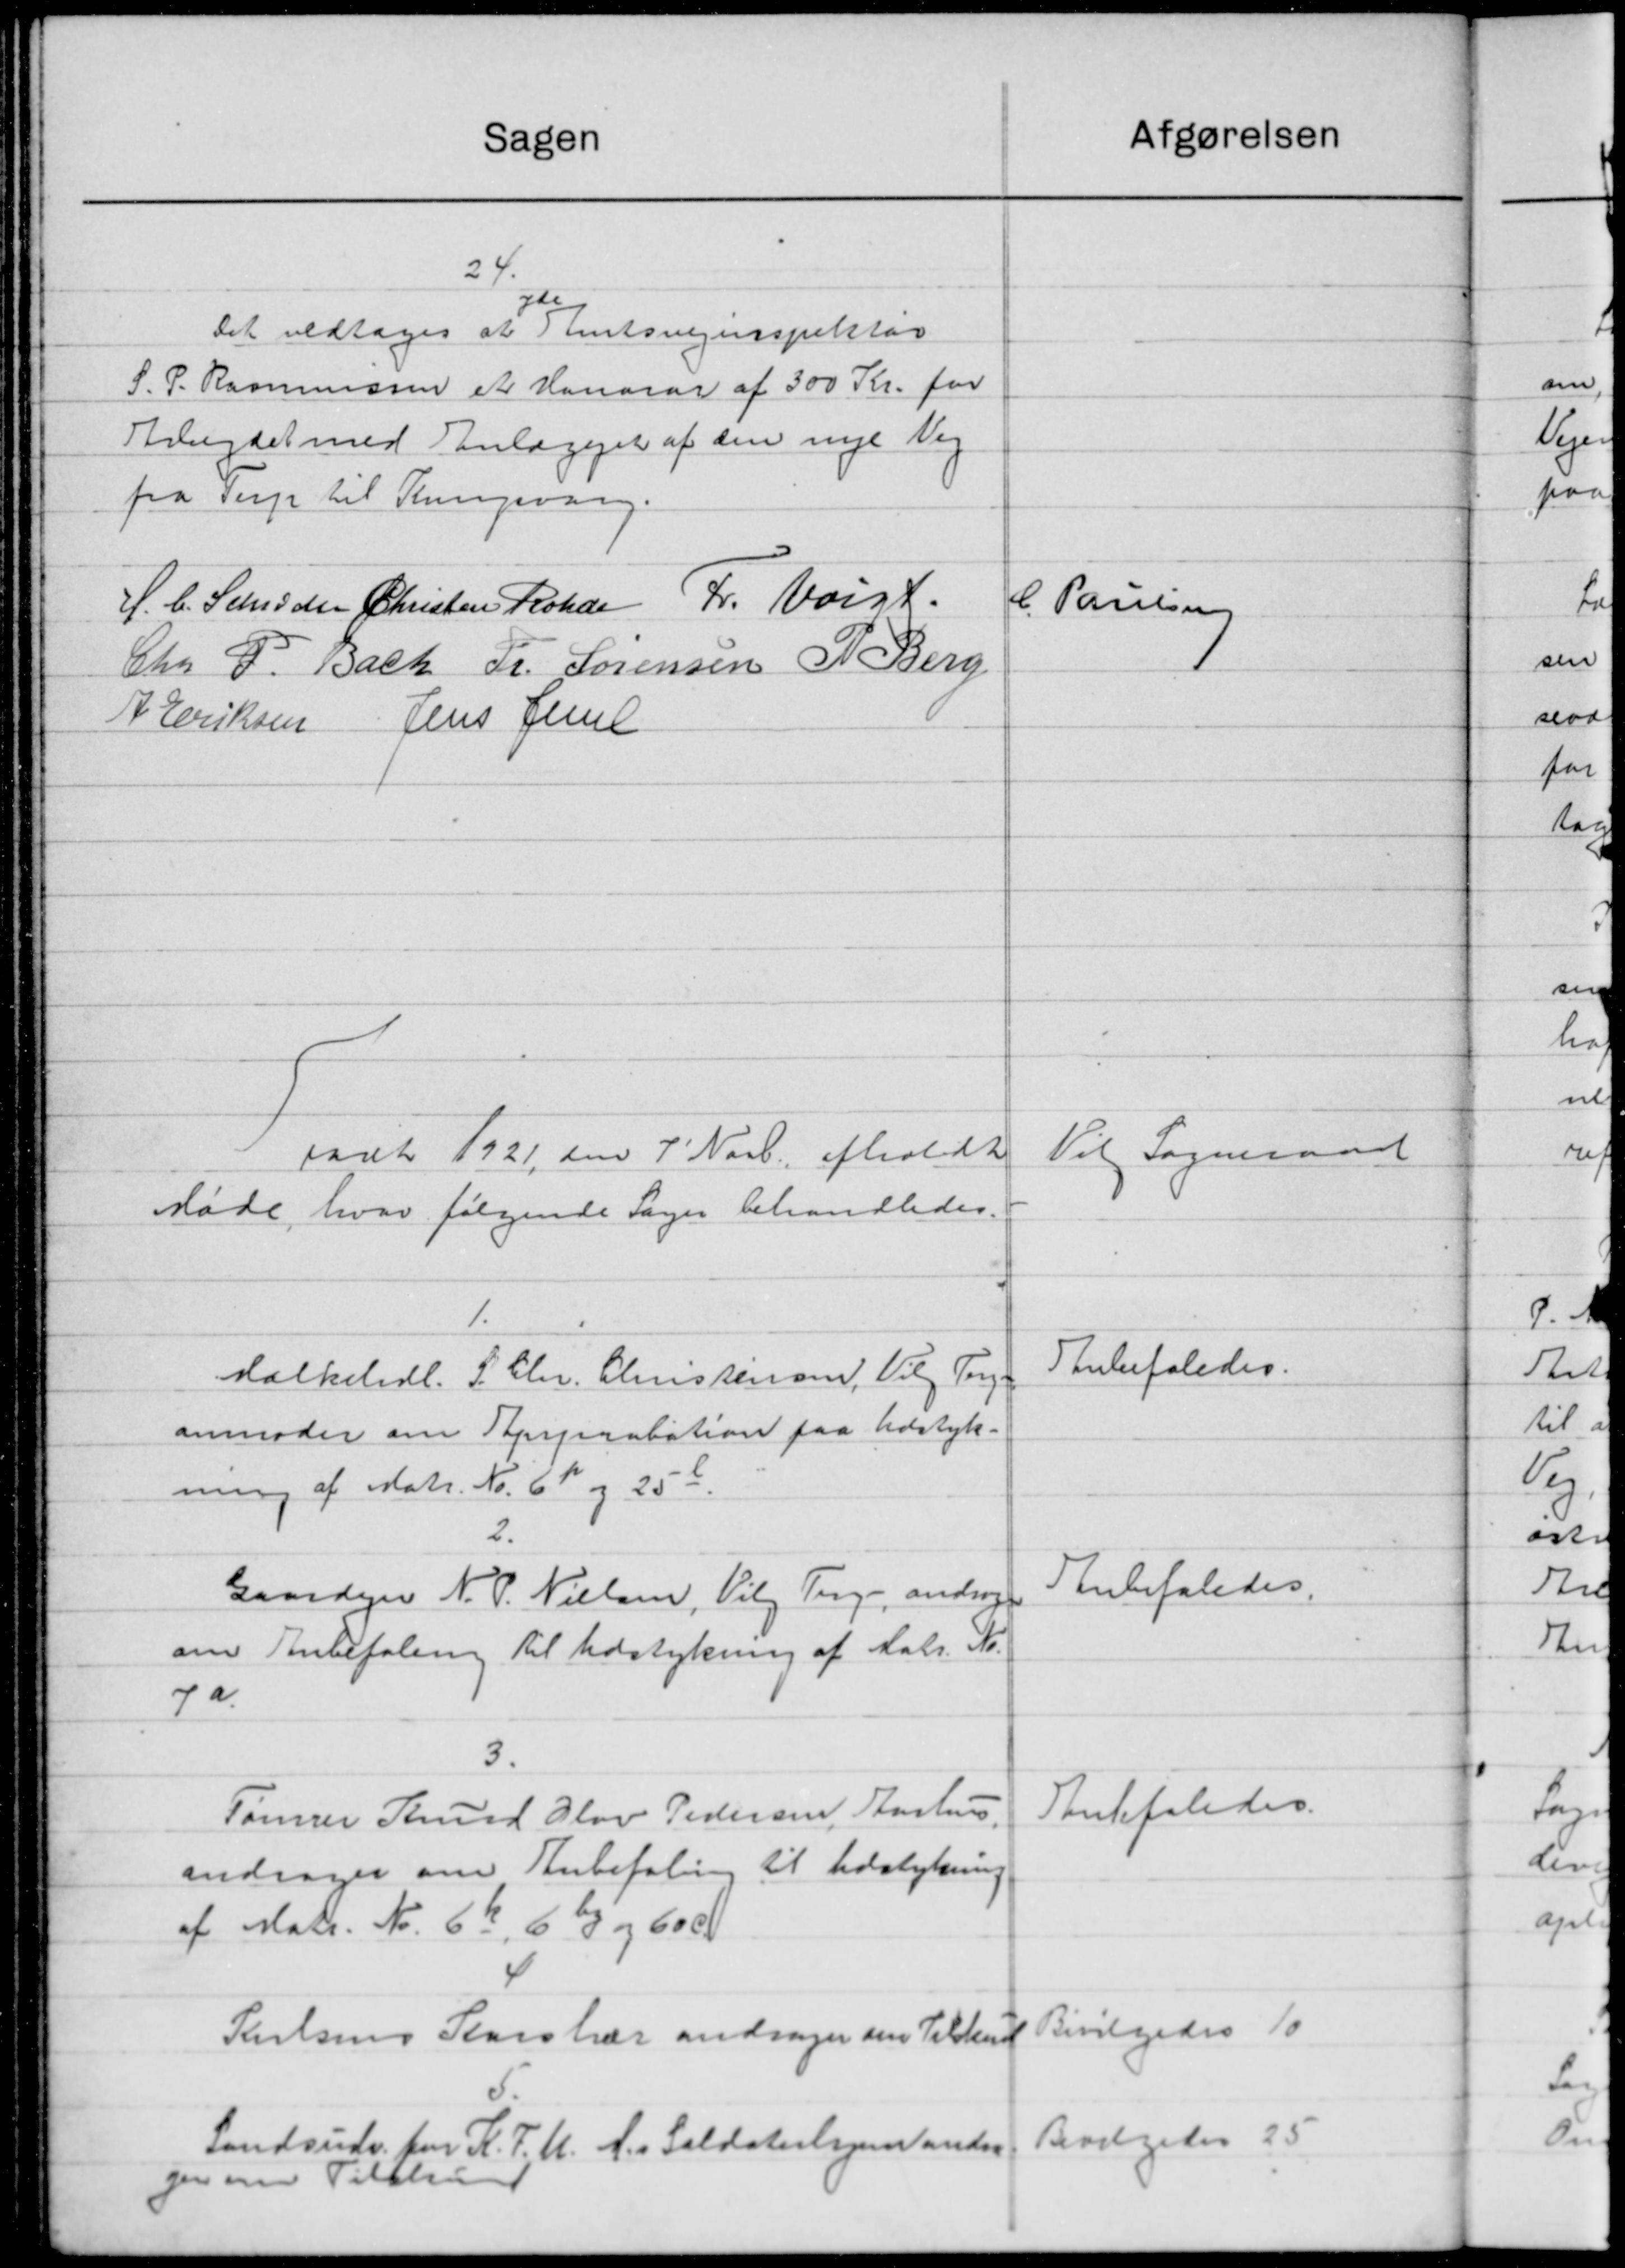
Transskription:
afgørelsen
Sagen
24.
gd.
Det vedtoges at Amtsvejinspektør
S. P. Rasmusssen et Honorar af 300 Kr. for
Arbejdet med Anlægget af den nye Vej
fra Tup til Thingsvarg.
H.C. Schrøder Christen Rohde Fr. Voigt
C. Poulsen
Chr. P. Bach Fr. Sørensen P. Berg
A. Eriksen Jens Jense
Til Sogneraad
aat 1921 den 7' Novb. afholdt
Møde, hvor følgende Sager behandledes.
1.
Anbefaledes.
Folketidl. P. Chr. Christensen, Vilg For
anmoder om Approbation paa Udstyk-
ning af Matr. Nr. 61 og 25 d.
2.
Anbefaledes.
Gaardejer N. P. Nielsen, Vilg Trige andrager
om Anbefaling til Udstykning af Matr. Nr.
7a.
3.
Anbefaledes.
Tømrer Knud Slav Pedersen, Aarhus,
andrager om Anbefaling til Udstykning.
af Matr. Nr. 62, 6 % og 600
Parlsens Storshær andrager om Tilskud Bevilgedes 10
Landsudv. for K. F. U. A. Soldaterlejen ander Bevilgedes 25
genne Tilslund